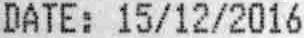
DATE: 15/12/2016